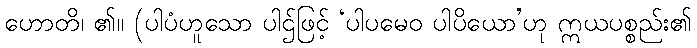
ဟောတိ၊ ၏။ (ပါပံဟူသော ပါဌ်ဖြင့် ‘ပါပမေဝ ပါပိယော’ဟု ဣယပစ္စည်း၏